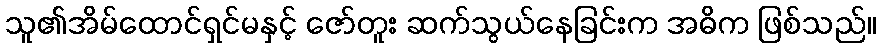
သူ၏အိမ်ထောင်ရှင်မနှင့် ဇော်တူး ဆက်သွယ်နေခြင်းက အဓိက ဖြစ်သည်။